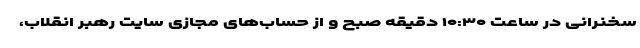
سخنرانی در ساعت ۱۰:۳۰ دقیقه صبح و از حساب‌های مجازی سایت رهبر انقلاب،